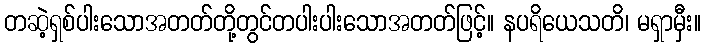
တဆဲ့ရှစ်ပါးသောအတတ်တို့တွင်တပါးပါးသောအတတ်ဖြင့်။ နပရိယေသတိ၊ မရှာမှီး။